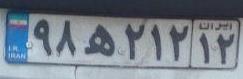
۹۸ه۲۱۲۱۲